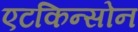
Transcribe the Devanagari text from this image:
एटकिन्सोन